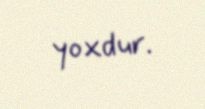
yoxdur.